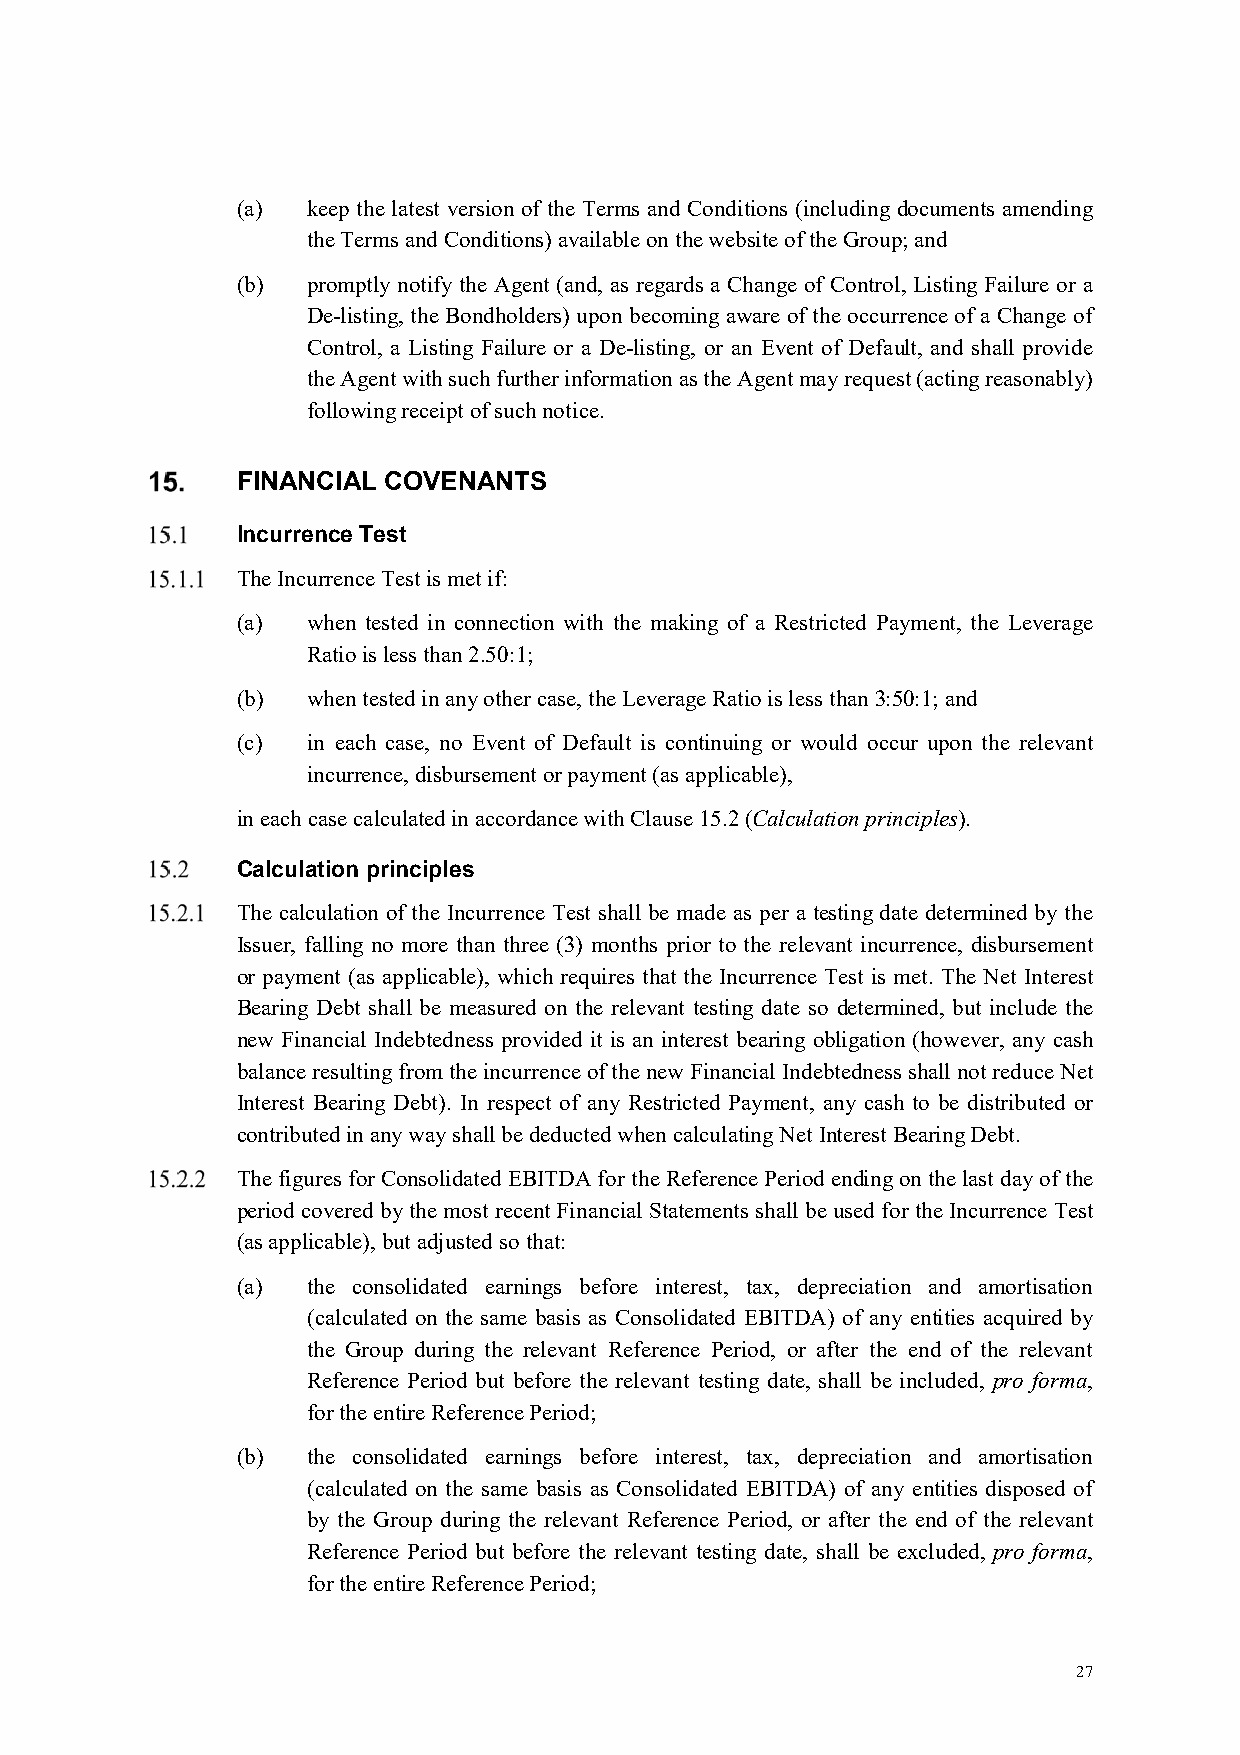
(a) keep the latest version of the Terms and Conditions (including documents amending
 the Terms and Conditions) available on the website of the Group; and
 (b) promptly notify the Agent (and, as regards a Change of Control, Listing Failure or a
 De-listing, the Bondholders) upon becoming aware of the occurrence of a Change of
 Control, a Listing Failure or a De-listing, or an Event of Default, and shall provide
 the Agent with such further information as the Agent may request (acting reasonably)
 following receipt of such notice.
 FINANCIAL COVENANTS
 Incurrence Test
 The Incurrence Test is met if:
 (a) when tested in connection with the making of a Restricted Payment, the Leverage
 Ratio is less than 2.50:1;
 (b) when tested in any other case, the Leverage Ratio is less than 3:50:1; and
 (c) in each case, no Event of Default is continuing or would occur upon the relevant
 incurrence, disbursement or payment (as applicable),
 in each case calculated in accordance with Clause 15.2 (Calculation principles).
 Calculation principles
 The calculation of the Incurrence Test shall be made as per a testing date determined by the
 Issuer, falling no more than three (3) months prior to the relevant incurrence, disbursement
 or payment (as applicable), which requires that the Incurrence Test is met. The Net Interest
 Bearing Debt shall be measured on the relevant testing date so determined, but include the
 new Financial Indebtedness provided it is an interest bearing obligation (however, any cash
 balance resulting from the incurrence of the new Financial Indebtedness shall not reduce Net
 Interest Bearing Debt). In respect of any Restricted Payment, any cash to be distributed or
 contributed in any way shall be deducted when calculating Net Interest Bearing Debt.
 The figures for Consolidated EBITDA for the Reference Period ending on the last day of the
 period covered by the most recent Financial Statements shall be used for the Incurrence Test
 (as applicable), but adjusted so that:
 (a) the consolidated earnings before interest, tax, depreciation and amortisation
 (calculated on the same basis as Consolidated EBITDA) of any entities acquired by
 the Group during the relevant Reference Period, or after the end of the relevant
 Reference Period but before the relevant testing date, shall be included, pro forma,
 for the entire Reference Period;
 (b) the consolidated earnings before interest, tax, depreciation and amortisation
 (calculated on the same basis as Consolidated EBITDA) of any entities disposed of
 by the Group during the relevant Reference Period, or after the end of the relevant
 Reference Period but before the relevant testing date, shall be excluded, pro forma,
 for the entire Reference Period;
 27